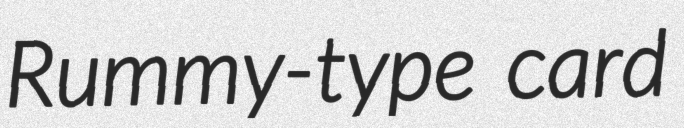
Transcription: Rummy-type card